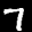
Label: 7